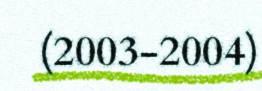
(2003-2004)